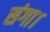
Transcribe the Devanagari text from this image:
संगा।